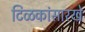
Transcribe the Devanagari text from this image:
टिळकांसारखे